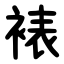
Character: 裱